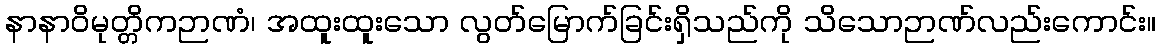
နာနာဝိမုတ္တိကဉာဏံ၊ အထူးထူးသော လွတ်မြောက်ခြင်းရှိသည်ကို သိသောဉာဏ်လည်းကောင်း။